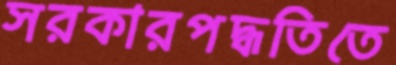
সরকারপদ্ধতিতে